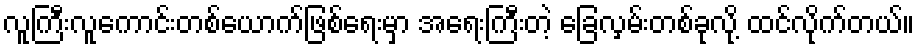
လူကြီးလူကောင်းတစ်ယောက်ဖြစ်ရေးမှာ အရေးကြီးတဲ့ ခြေလှမ်းတစ်ခုလို့ ထင်လိုက်တယ်။